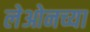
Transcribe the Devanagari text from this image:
लेओनच्या